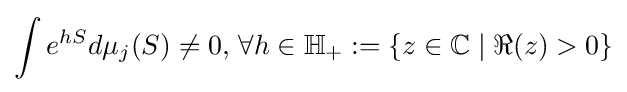
\int e^{hS}d\mu _{j}(S)\neq 0,\,\forall h\in \mathbb {H} _{+}:=\{z\in \mathbb {C} \mid \Re (z)>0\}